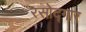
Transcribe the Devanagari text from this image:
रसोद्गार